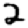
Digit: 2